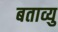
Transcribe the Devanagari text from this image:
बताव्यु